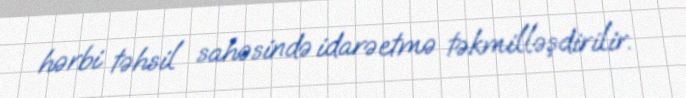
hərbi təhsil sahəsində idarəetmə təkmilləşdirilir.